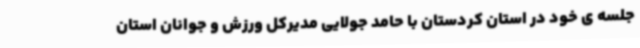
جلسه ی خود در استان کردستان با حامد جولایی مدیرکل ورزش و جوانان استان